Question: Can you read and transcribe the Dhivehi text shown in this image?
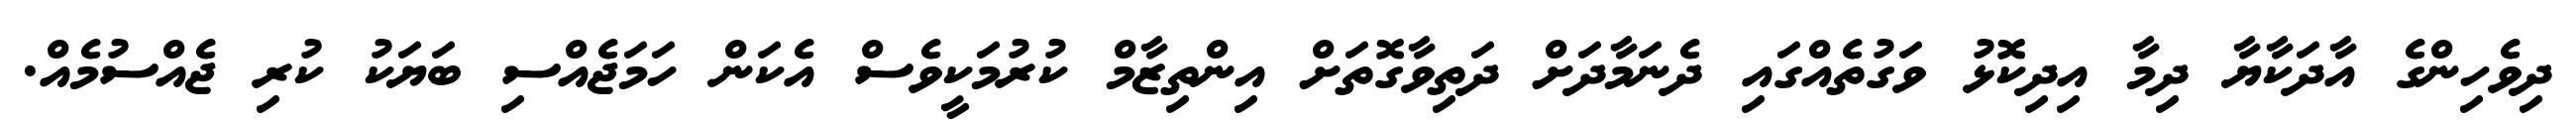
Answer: ދިވެހިންގެ އާދަކާޔާ ދިމާ އިދިކޮޅު ވަގުތެއްގައި ދެނަމާދަށް ދަތިވާގޮތަށް އިންތިޒާމް ކުރުމަކީވެސް އެކަން ހަމަޖެއްސި ބަޔަކު ކުރި ޖެއްސުމެއް.